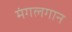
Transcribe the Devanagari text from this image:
मंगलगान